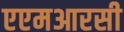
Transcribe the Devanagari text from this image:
एएमआरसी